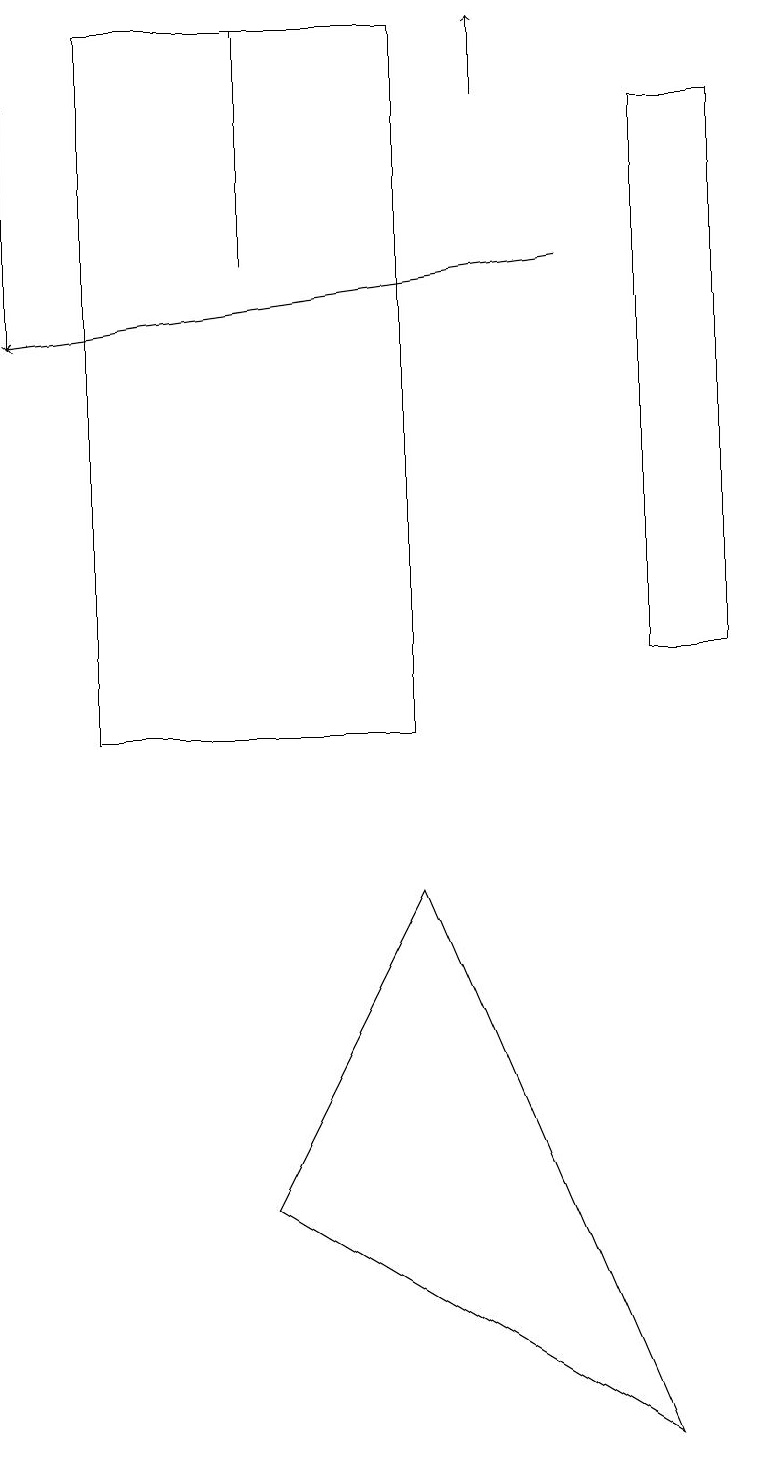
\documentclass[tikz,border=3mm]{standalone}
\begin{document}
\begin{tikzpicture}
\draw (1,19) rectangle (5,10);
\draw[->] (6,18) -- (6,19);
\draw[->] (0,18) -- (0,15);
\draw (9,18) rectangle (8,11);
\draw[->] (7,16) -- (0,15);
\draw (8,1) -- (5,8) -- (3,4) -- cycle;
\draw (3,16) rectangle (3,19);
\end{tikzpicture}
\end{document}